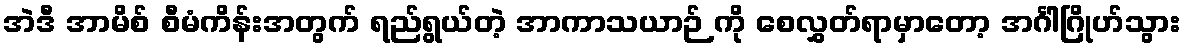
အဲဒီ အာမိစ် စီမံကိန်းအတွက် ရည်ရွယ်တဲ့ အာကာသယာဉ် ကို စေလွှတ်ရာမှာတော့ အင်္ဂါဂြိုဟ်သွား